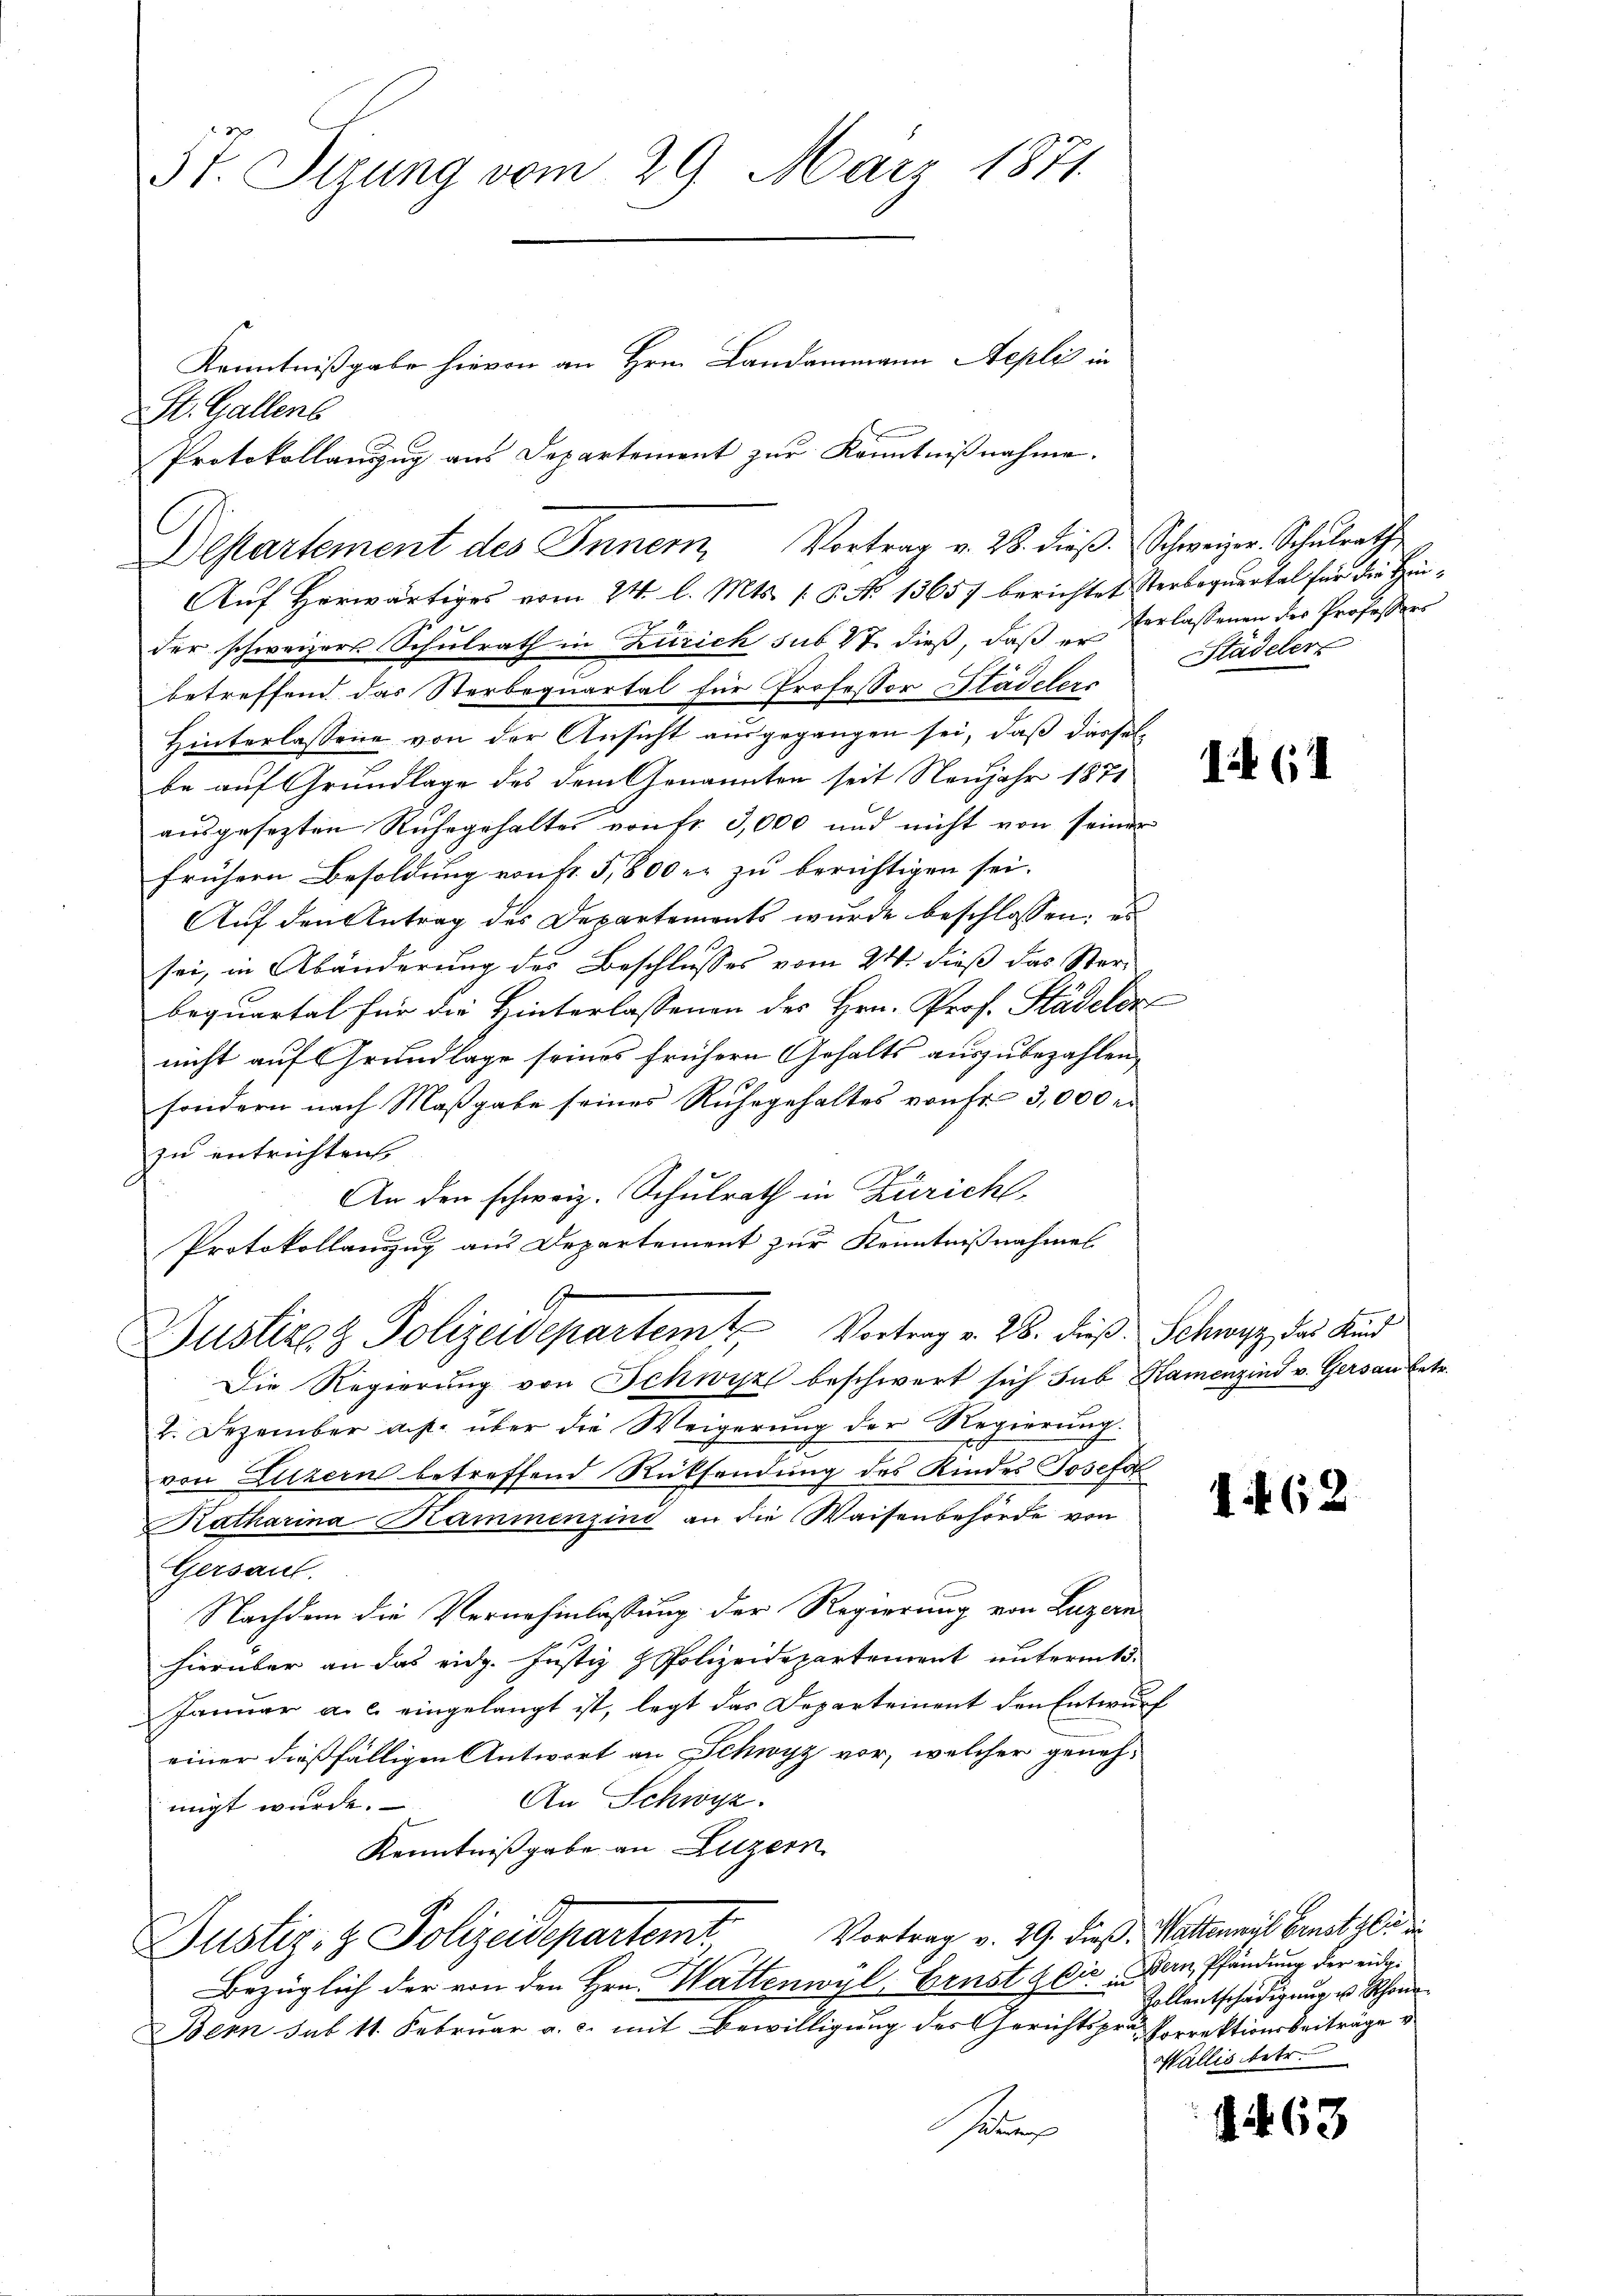
St. Gallens
Auf Herwärtiges vom 24. l. Mts. (T. No 13657 berichtet Sterboquartal für die Hinder schweizers Schulrath in Zürich sub 27. dieß, daß er verlassenen des Professors
betreffend das Sterbequartal für Professor Stadelers
Hinterlassene von der Ansicht ausgegangen sei, daß dasselbe auf Grundlage des dem Genannten seit Neujahr 1871
ausgesezten Ruhegehaltes von fr. 3,000 und nicht von seiner
frühern Besoldung von fr. 5,800 er zu berichtigen sei.
Auf den Antrag des Departements wurde beschlossen; es
sei, in Abänderung des Beschlusses vom 24. dieß das Sterbequartal für die Hinterlassenen des Hrn. Prof. Städeldr
nicht auf Grundlage seines frühern Gehalts auszubezahlen,
sondern nach Maßgabe seines Ruhegehaltes von Fr. 3,000 r
zu entrichten,
An den schweiz. Schulrath in Zürich
Protokollauszug aus Departement zur Kenntnißnahmen.

5t. Sigung vom 29. März 1871

Justiz & Polizeidepartem Vortrag v. 28. dieß: Schwyz, das Kind

Die Regierung von Schwyz beschwert sich sub Namenzind v. Gersau betr.
2. Dezember a.h. über die Weigerŭng der Regierŭng.
von Lilzern betreffend Rücksendung des Kindes Josefa
Katharina Kammenzind an die Waisenbehörde von
Gersaut.
Nachdem die Vernehmlassung der Regierung von Luzern
hierüber an das eidg. Justiz & Polizeidepartement untermte.
Januar a. c. eingelangt ist, legt das Departement den Entwurf
einer dießfälligen Antwort an Schwyz vor, welcher geneh-
An Schwyz.
migt wurde.
Kenntnißgabe an Luzern
Vortrag v. 29. dieß. Wattenwyl Ernst gli in
Justiz- & Polizeidepartemt
Bezüglich der von den Hrn. Wattenwyl, Ernst bis un
Bern sub 11. Februar a. c. mit Bewilligung des Gerichtsprä Porrektionsbeiträge v
au

Departement des Innern, Vortrag v. 28. dieβ Schweizer. Schulrath

Kenntnißgabe hievon an Hrn. Landammann Aeplis in
Protokollanzug aus Departement zur Kenntnißnahme.

Städeler

II (1

4

2.

Bern, Pfändung der eidg.
Zollentschädigung u Schöne
Wallis betr.

§ 63